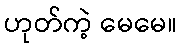
ဟုတ်ကဲ့ မေမေ။